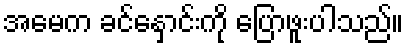
အမေက ခင်နှောင်းကို ပြောဖူးပါသည်။